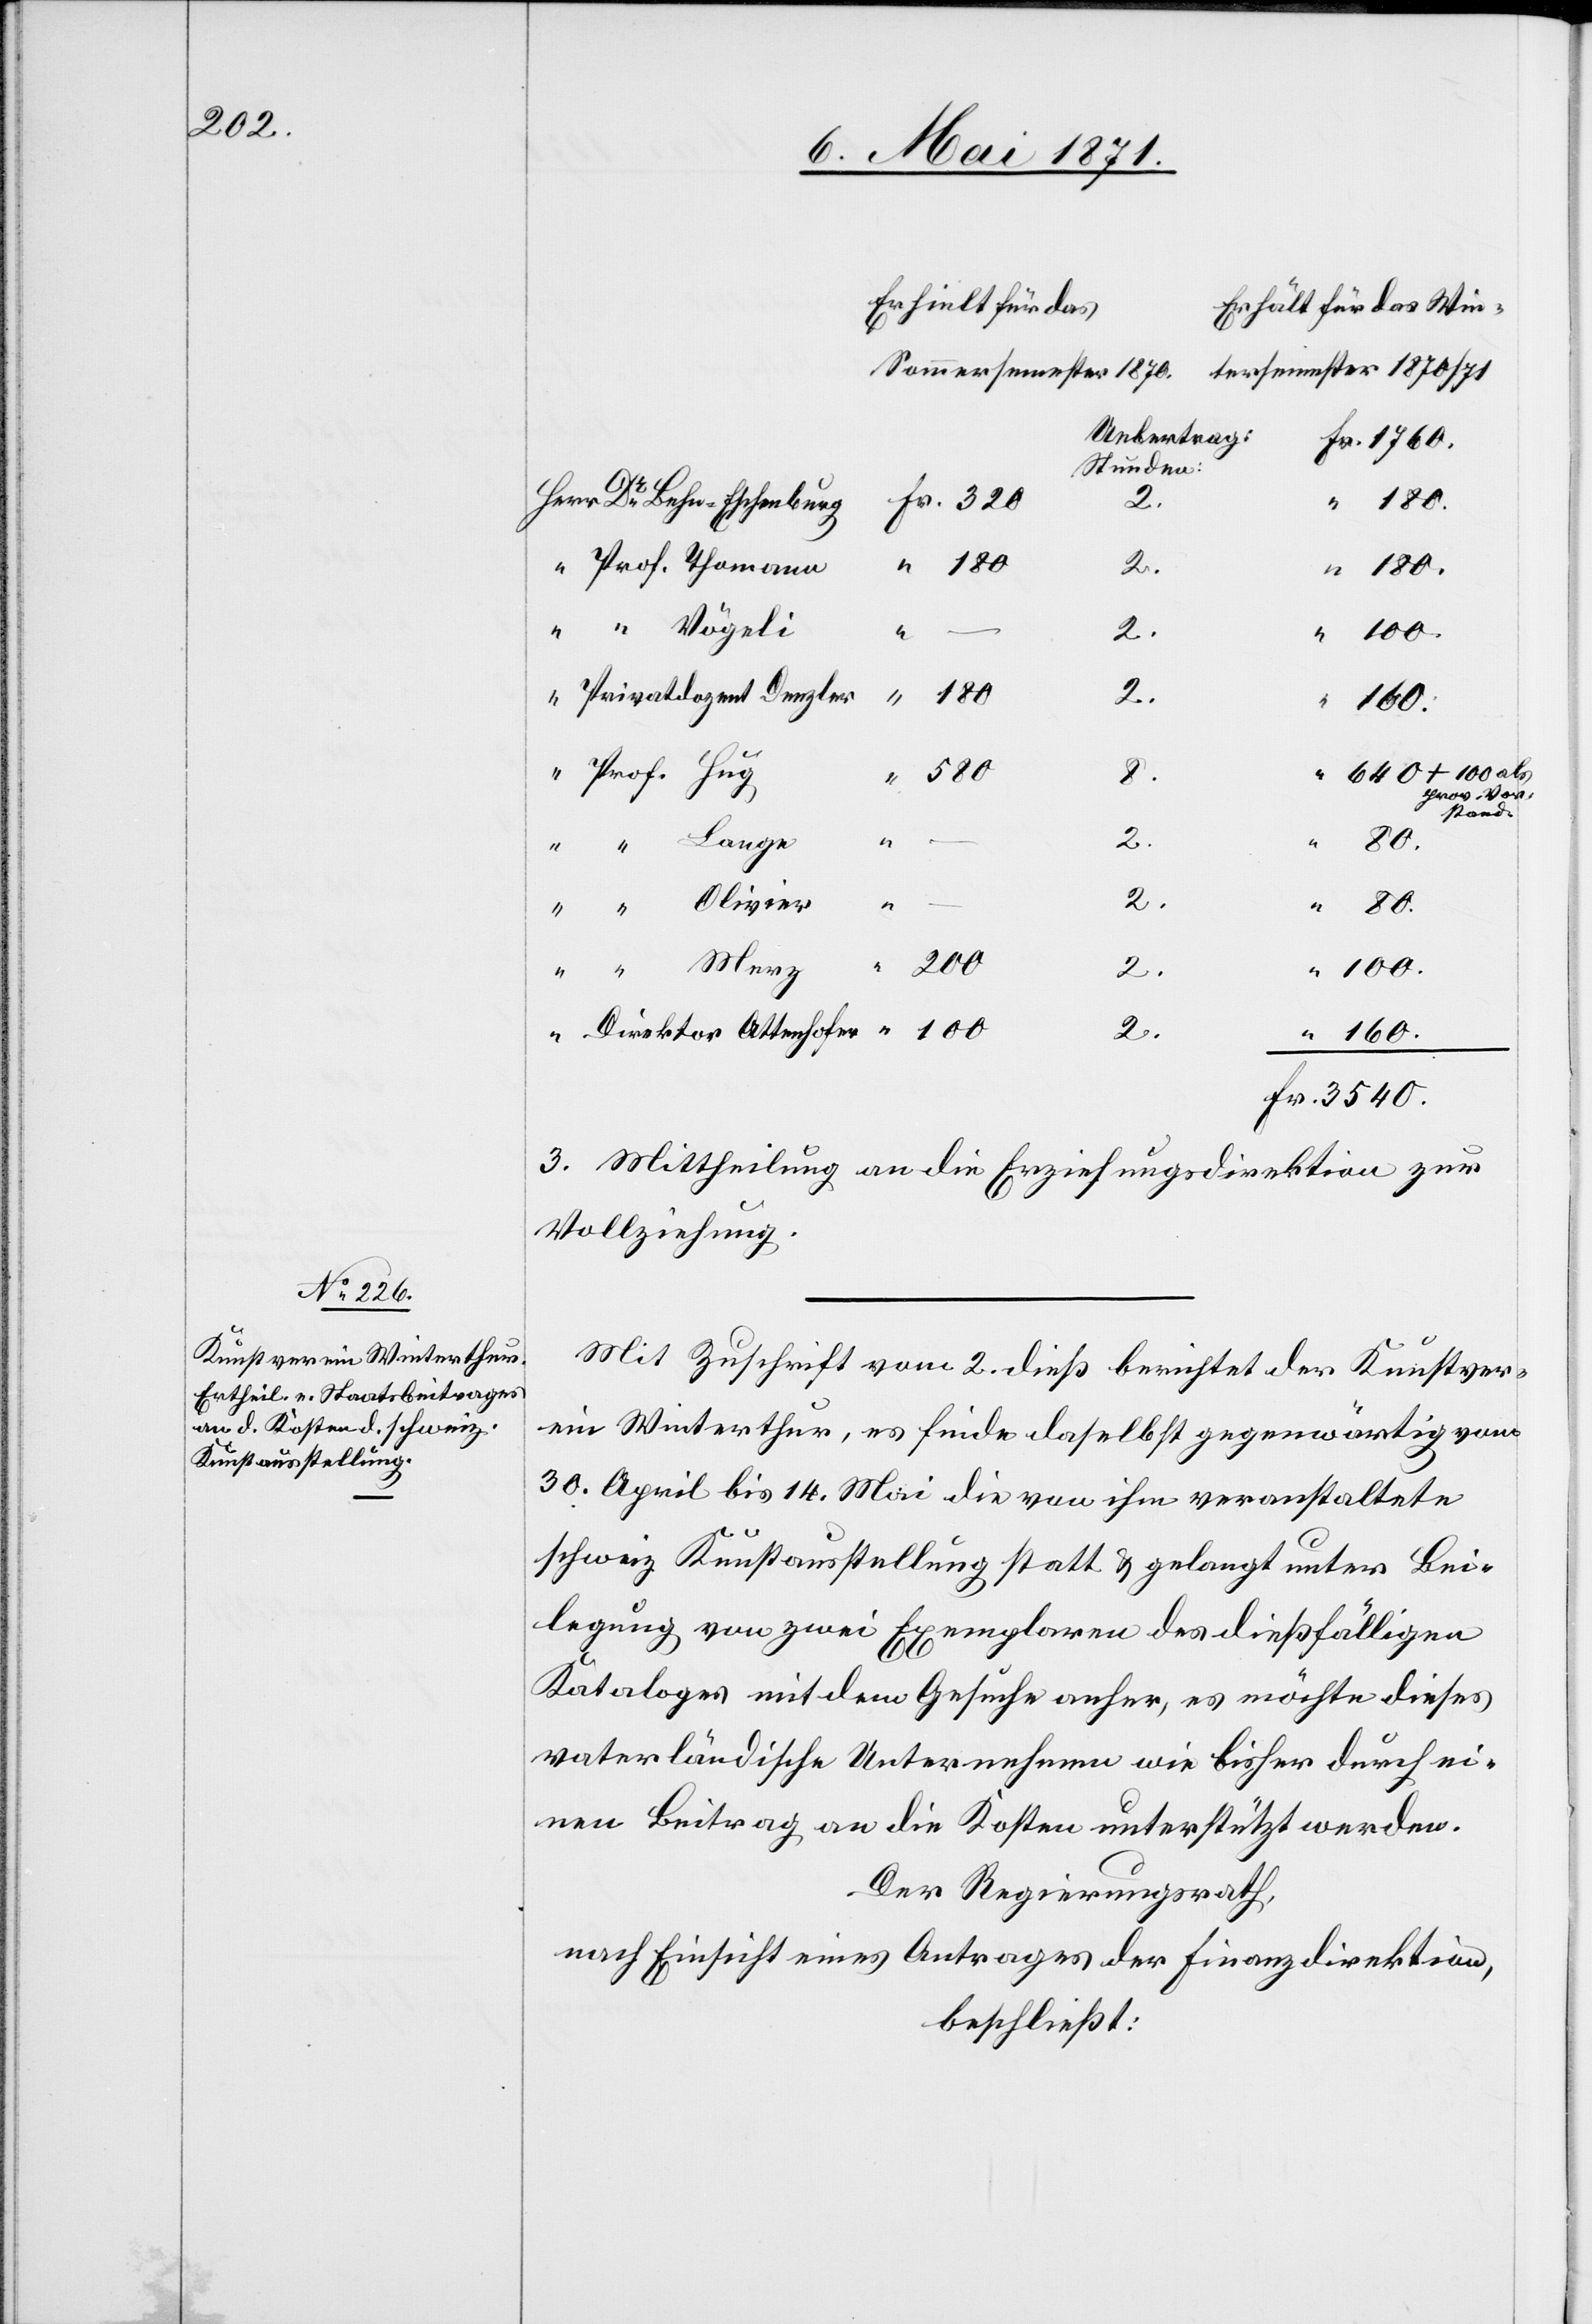
Behn-Eschenburg
2.
160.
640+100 als
Fr.
prov. Vor¬
stand
2.
80.
–
“
3540.
200
3. Mittheilung an die Erziehungsdirektion zur
Vollziehung.
Mit Zuschrift vom 2. dieß berichtet der Kunstver¬
ein Winterthur, es finde daselbst gegenwärtig von
30. April bis 14. Mai die von ihm veranstaltete
schweiz. Kunstausstellung statt u. gelangt unter Bei¬
legung von zwei Exemplaren des dießfälligen
Kataloges mit dem Gesuche anher, es möchte dieses
vaterländische Unternehmen wie bisher durch ei¬
nen Beitrag an die Kosten unterstützt werden.
Der Regierungsrath,
nach Einsicht eines Antrages der Finanzdirektion,
beschließt: